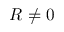
R \neq 0